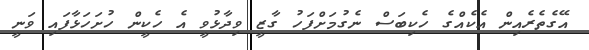
އޭގެތެރެއިން އެކެއްގެ ހެކިބަސް ނެގުމަށްފަހު ގާޒީ ވިދާޅުވީ އެ ހެކީން ހުށަހަޅާފައި ވަނީ